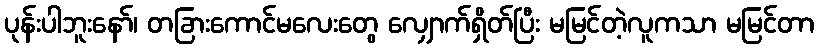
ပုန်းပါဘူးနော်၊ တခြားကောင်မလေးတွေ လျှောက်ရှိတ်ပြီး မမြင်တဲ့လူကသာ မမြင်တာ